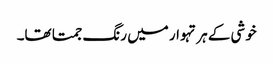
خوشی کے ہر تہوار میں رنگ جمتا تھا۔